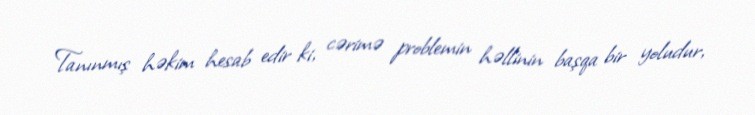
Tanınmış həkim hesab edir ki, cərimə problemin həllinin başqa bir yoludur,